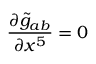
{ \frac { \partial { \widetilde { g } } _ { a b } } { \partial x ^ { 5 } } } = 0